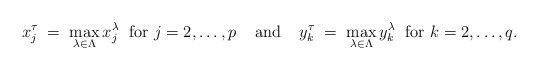
\begin{align*}x_j^\tau \;=\; \max_{\lambda \in \Lambda} x_j^\lambda \;{\mbox{ for }}j=2,\ldots, p \;\;\;\; {\mbox{and}} \;\;\;\;y_k^\tau \;=\; \max_{\lambda \in \Lambda} y^\lambda_k \;{\mbox{ for }}k=2,\ldots, q. \end{align*}